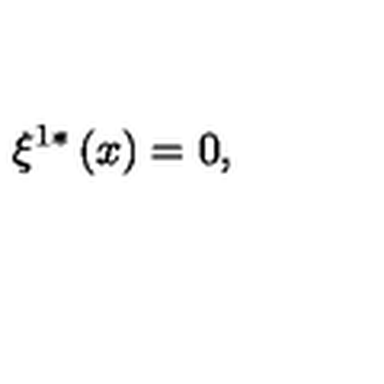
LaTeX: \xi ^ { 1 \ast } \left( x \right) = 0 ,